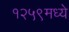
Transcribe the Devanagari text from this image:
१२५९मध्ये